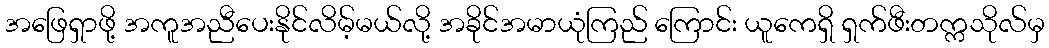
အဖြေရှာဖို့ အကူအညီပေးနိုင်လိမ့်မယ်လို့ အခိုင်အမာယုံကြည် ကြောင်း ယူကေရှိ ရှက်ဖီးတက္ကသိုလ်မှ